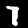
Label: 7